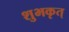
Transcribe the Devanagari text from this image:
शुभकृत्